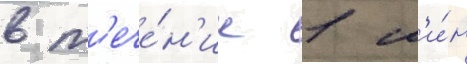
в т'ече́н'ие 1 м'и́н